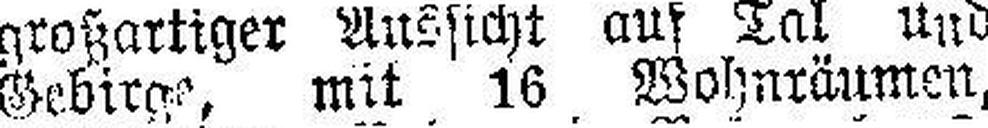
Gebirge, mit 16 Wohnräumen,